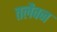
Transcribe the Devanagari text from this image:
तलैवन